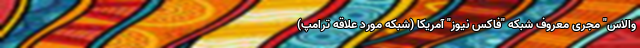
والاس" مجری معروف شبکه "فاکس نیوز" آمریکا (شبکه مورد علاقه ترامپ)